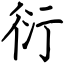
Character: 衍